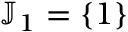
\mathbb { J } _ { 1 } = \{ 1 \}